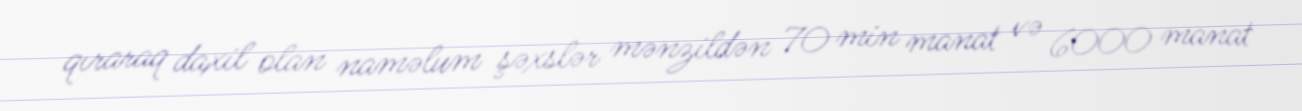
qıraraq daxil olan naməlum şəxslər mənzildən 70 min manat və 6000 manat